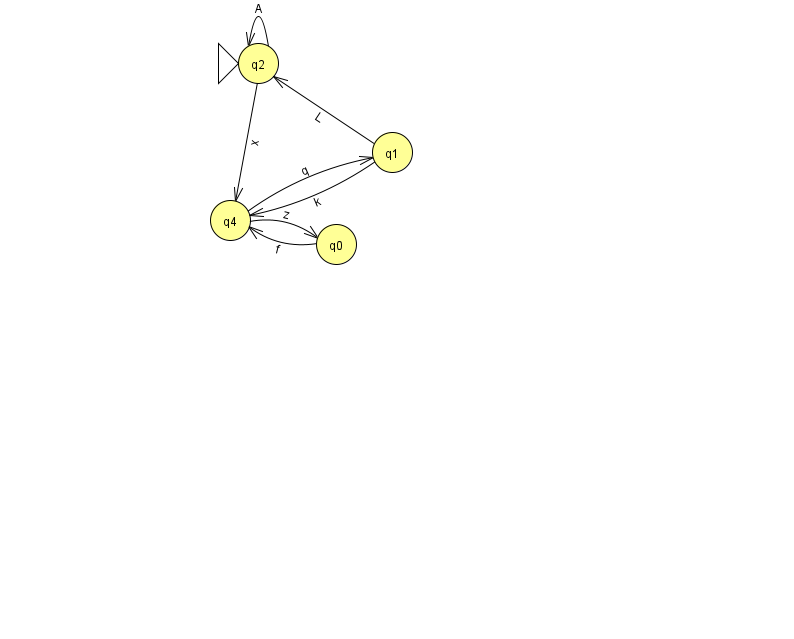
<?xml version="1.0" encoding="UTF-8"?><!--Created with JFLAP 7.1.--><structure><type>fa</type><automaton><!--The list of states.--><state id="0" name="q0"><x>336.0</x><y>231.0</y></state><state id="1" name="q1"><x>392.0</x><y>139.0</y></state><state id="2" name="q2"><x>258.0</x><y>50.0</y><initial/></state><state id="4" name="q4"><x>230.0</x><y>207.0</y></state><!--The list of transitions.--><transition><from>4</from><to>0</to><read>z</read></transition><transition><from>1</from><to>4</to><read>k</read></transition><transition><from>2</from><to>2</to><read>A</read></transition><transition><from>2</from><to>4</to><read>x</read></transition><transition><from>1</from><to>2</to><read>L</read></transition><transition><from>4</from><to>1</to><read>q</read></transition><transition><from>0</from><to>4</to><read>f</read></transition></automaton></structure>